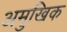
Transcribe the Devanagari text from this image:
अमुखिक